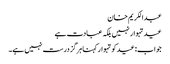
عبدالکریم خان
عید تہوار نہیں بلکہ عبادت ہے
جواب: عیدکو تہوار کہنا ہرگز درست نہیں ہے۔